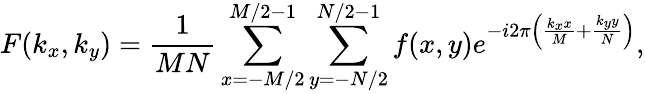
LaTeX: F(k_{x},k_{y})=\frac{1}{MN}\sum_{x=-M/2}^{M/2-1}\sum_{y=-N/2}^{N/2-1}f(x,y)e^{-i2\pi\left(\frac{k_{x}x}{M}+\frac{k_{y}y}{N}\right)},